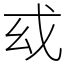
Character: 𢦙